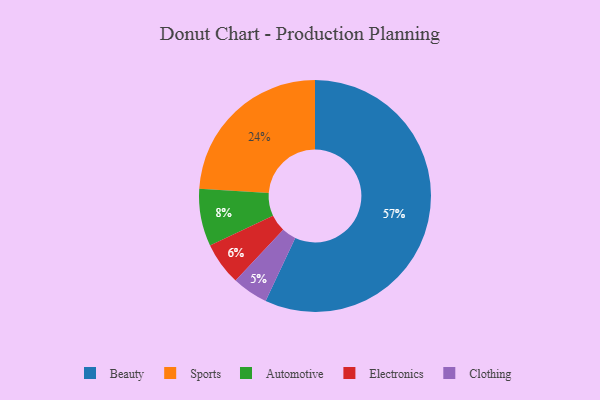
{"axis": {"x": "Category", "y": "Percentage"}, "legend": ["Automotive", "Beauty", "Clothing", "Electronics", "Sports"], "data": [{"x": "Automotive", "y": 8, "type": "Automotive"}, {"x": "Beauty", "y": 57, "type": "Beauty"}, {"x": "Electronics", "y": 6, "type": "Electronics"}, {"x": "Sports", "y": 24, "type": "Sports"}, {"x": "Clothing", "y": 5, "type": "Clothing"}]}